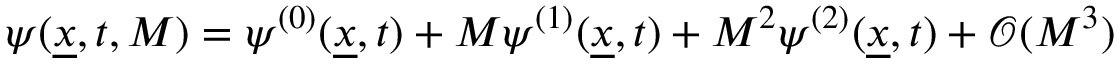
\psi ( \underline { { x } } , t , M ) = \ensuremath { \psi ^ { ( 0 ) } } ( \underline { { x } } , t ) + M \ensuremath { \psi ^ { ( 1 ) } } ( \underline { { x } } , t ) + M ^ { 2 } \ensuremath { \psi ^ { ( 2 ) } } ( \underline { { x } } , t ) + \ensuremath { \mathcal { O } ( M ^ { 3 } ) }